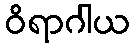
ဝိရာဂါယ